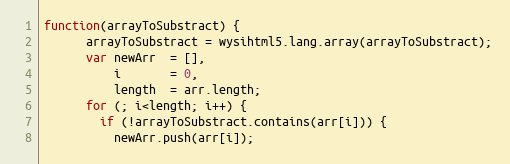
Language: JavaScript
function(arrayToSubstract) {
      arrayToSubstract = wysihtml5.lang.array(arrayToSubstract);
      var newArr  = [],
          i       = 0,
          length  = arr.length;
      for (; i<length; i++) {
        if (!arrayToSubstract.contains(arr[i])) {
          newArr.push(arr[i]);